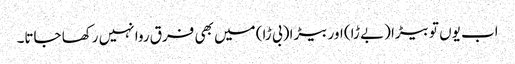
اب یوں تو بیڑا (بے ڑا) اور بیڑا (بی ڑا) میں بھی فرق روا نہیں رکھا جاتا۔